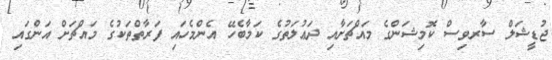
ޖުޑީޝަލް ސާރވިސް ކޮމިޝަންގެ މައްޗަށާއި ދަޢުލަތުގެ ކަމާބެހޭ އެންމެހައި ފަރާތްތަކުގެ މައްޗަށް އަންގައި